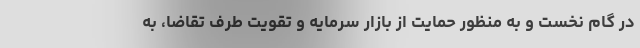
در گام نخست و به منظور حمایت از بازار سرمایه و تقویت طرف تقاضا، به